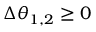
\Delta \theta _ { 1 , 2 } \geq 0